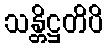
သန္တိဋ္ဌတိပိ